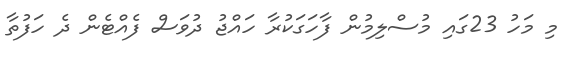
މި މަހު 23ގައި މުސްލިމުން ފާހަގަކުރާ ހައްޖު ދުވަސް ފެއްޓެން ދެ ހަފުތާ